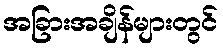
အခြားအချိန်များတွင်